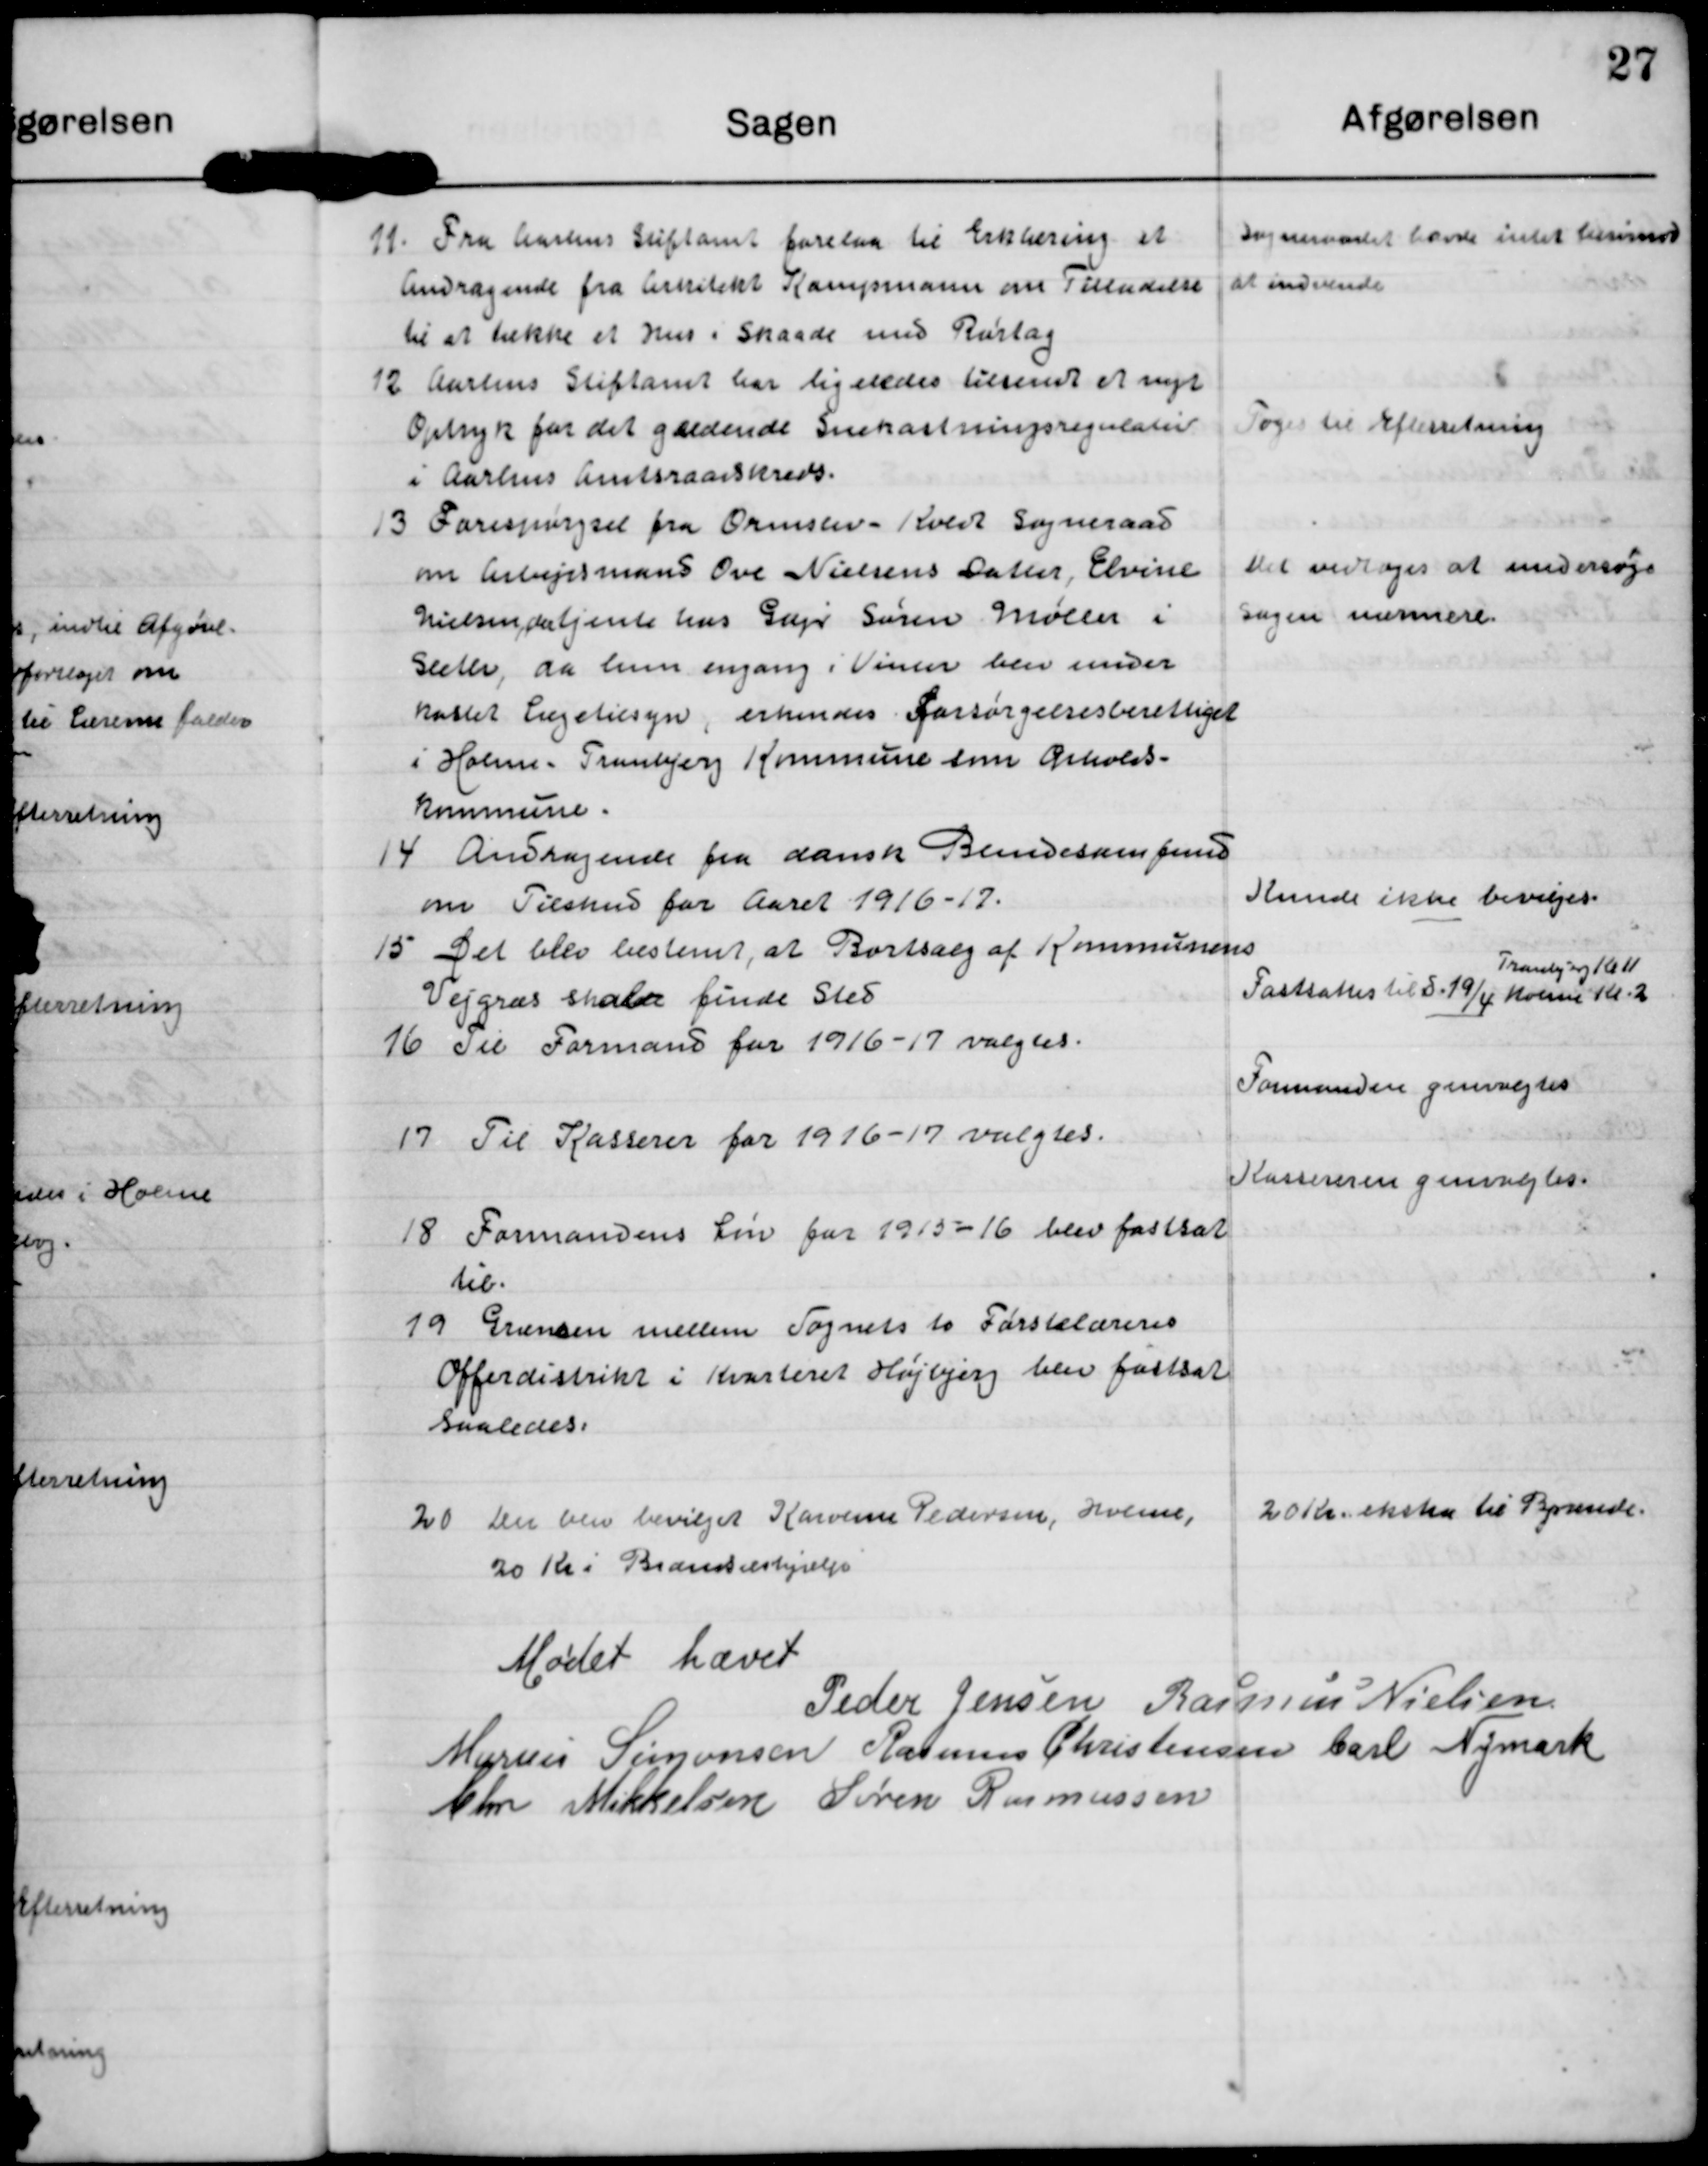
Transskription:
11. Fra Aarhus Stiftamt forelaa til Erklæring et
Andragende fra Arkitekt Kampmann om Tilladelse
til at tække et Hus i Skaade med Rørtag

Sogneraadet havde intet herimod
at indvende

12 Aarhus Stiftamt har ligeledes tilsendt et nyt
Optryk for det gældende Snekastningsregulativ
i Aarhus Amtsraadskreds.

Toges til Efterretning

13 Forespørgsel fra Ormslev-Koldt Sogneraad
om Arbejdsmand Ove Nielsens Datter, Elvine
Nielsen, der tjente hos Gdr Søren Møller i
Sleth, da hun engang i Vinter blev under-
kastet Lægetilsyn, erkendes forsørgelsesberettiget
i Holme-Tranbjerg Kommune som Opholds-
kommune.

Det vedtoges at undersøge
sagen nærmere

14 Andragende fra dansk Bundesamfund
om Tilskud for Aaret 1916-17.

Kunde ikke bevilges.

15 Det blev bestemt, at Bortsalg af Kommunens
Vejgræs skal finde Sted

Fastsattes til d. 19/4
Tranbjerg Kl 11
Holme Kl 2

16 Til Formand for 1916-17 valgtes.

Formanden genvalgtes

17 Til Kasserer for 1916-17 valgtes.

Kassereren genvalgtes.

18 Formandens Løn for 1915=16 blev fastsat
til.

19 Grænsen mellem Sognets to Førstelæreres
Offerdistrikt i Kvarteret Højbjerg blev fastsat
således.

20 Der blev bevilget Karoline Pedersen, Holme,
20 kr i Brændselshjælp

20 Kr ekstra til Brænde

Mødet hævet
Peder Jensen
Rasmus Nielsen
Marius Simonsen
Rasmus Christensen
Carl Nymark
Chr Mikkelsen
Søren Rasmussen